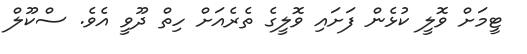
ޓީމަށް ވޮލީ ކުޅެން ފަށައި ވޮލީގެ ތެރެއަށް ހިތް ދޫވީ އެވެ. ސްކޫލް